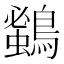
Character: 𪄰